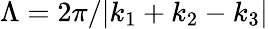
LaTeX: \Lambda=2\pi/|k_{1}+k_{2}-k_{3}|